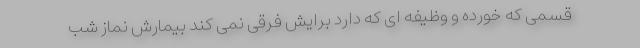
قسمی که خورده و وظیفه ای که دارد برایش فرقی نمی کند بیمارش نماز شب